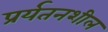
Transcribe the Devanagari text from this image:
प्रर्यतनशील